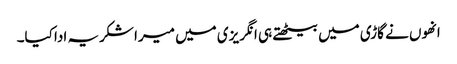
انھوں نے گاڑی میں بیٹھتے ہی انگریزی میں میرا شکریہ ادا کیا۔